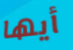
أيها